Annual report of the Central Committee of the Association together with the report of the directors of the Pasteur Institute at Kasauli
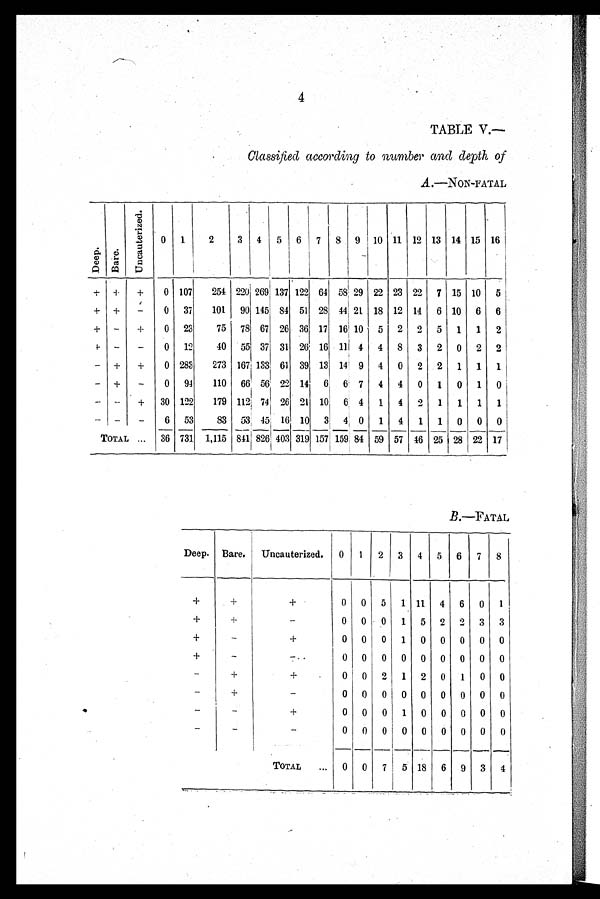
Bare.
Uncauterized.
0 1
2 3 4 5 6 7 8
+
+
0 0 5 1 11 4 6 0 1
+
–
0 0 0 1 5 2 2 3 3
_
+
0 0 0 1 0 0 0 0 0
–
0 0 0 0 0 0 0 0 0
+
+
0
0 0 2 1 2 0 1 0 0
+
–
0 0 0 0 0 0 0 0 0
–
+
0 0 0 1 0 0 0 0 0
–
–
0 0 0 0 0 0 0 0 0
— — -- — ---
— —
—
TOTAL
...
0 0 7 5 18 6 9 3 1
Deep.
4
TABLE V.—
Classified according to number and depth of
A .—NON–FATAL
D e e p .
B a r e .
U n c a u t e r i z e d .
0 1
2
3 4 5 6 7 8 9 10 11 12 13 14 15 16
+
+
+
0 107
254 220 269 137 122 64 58 29 22 23 22 7 15 10 5
+
+
--
0 37
101 90 145 84 51 28 44 21 18 12 14 6 10 6 6
+
–
+
0 23
75 78 67 26 36 17 16 10 5 2 2 5 1 1 2
+ –
–
0 12
40 55 37 31 26 16 11 4
i
4 8 3 2 0 2 2
– +
+
0 283
273 167 133 61 39 13 141 9 4 0 2 2 1 1 1
–
+
–
0 94
110 66 56 22 14 6 6` 7 4 4 0 1 0 1 0
– --
+
30 122
179 112 74, 26 21 10 6, 4 1 4 2 1 1 1 1
,
I
1
–
–
6 53
83 53: . 15' 16
.
I
10 3 4; 0 1 4 1 1 0 0 0
TOTAL ...
36 731 1,115 841 826 403 319 157 159 84 59 57 46 25 28 22 17
B.—FATAL